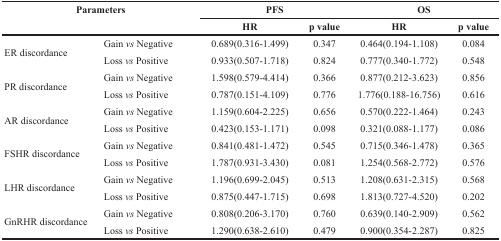
| <ROWSPAN=2-COLSPAN=2> Parameters | <COLSPAN=2> PFS | <COLSPAN=2> OS |
 | HR | p value | HR | p value |
 | --- | --- | --- | --- | --- | --- |
 | <ROWSPAN=2> ER discordance | Gain vs Negative | 0.689(0.316-1.499) | 0.347 | 0.464(0.194-1.108) | 0.084 |
 | Loss vs Positive | 0.933(0.507-1.718) | 0.824 | 0.777(0.340-1.772) | 0.548 |
 | <ROWSPAN=2> PR discordance | Gain vs Negative | 1.598(0.579-4.414) | 0.366 | 0.877(0.212-3.623) | 0.856 |
 | Loss vs Positive | 0.787(0.151-4.109) | 0.776 | 1.776(0.188-16.756) | 0.616 |
 | <ROWSPAN=2> AR discordance | Gain vs Negative | 1.159(0.604-2.225) | 0.656 | 0.570(0.222-1.464) | 0.243 |
 | Loss vs Positive | 0.423(0.153-1.171) | 0.098 | 0.321(0.088-1.177) | 0.086 |
 | <ROWSPAN=2> FSHR discordance | Gain vs Negative | 0.841(0.481-1.472) | 0.545 | 0.715(0.346-1.478) | 0.365 |
 | Loss vs Positive | 1.787(0.931-3.430) | 0.081 | 1.254(0.568-2.772) | 0.576 |
 | <ROWSPAN=2> LHR discordance | Gain vs Negative | 1.196(0.699-2.045) | 0.513 | 1.208(0.631-2.315) | 0.568 |
 | Loss vs Positive | 0.875(0.447-1.715) | 0.698 | 1.813(0.727-4.520) | 0.202 |
 | <ROWSPAN=2> GnRHR discordance | Gain vs Negative | 0.808(0.206-3.170) | 0.760 | 0.639(0.140-2.909) | 0.562 |
 | Loss vs Positive | 1.290(0.638-2.610) | 0.479 | 0.900(0.354-2.287) | 0.825 |